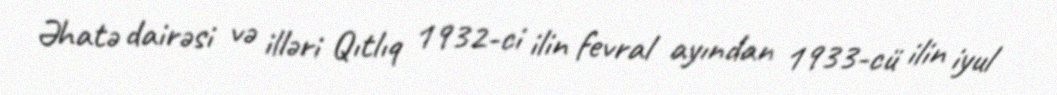
Əhatə dairəsi və illəri Qıtlıq 1932-ci ilin fevral ayından 1933-cü ilin iyul